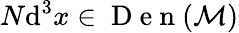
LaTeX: N\mathrm{d}^{3}x\in\mathrm{{~D~e~n~}}(\mathcal{{M}})